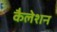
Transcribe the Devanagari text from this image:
कैलेशन